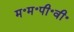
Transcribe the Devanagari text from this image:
म॰म॰पी॰वी॰